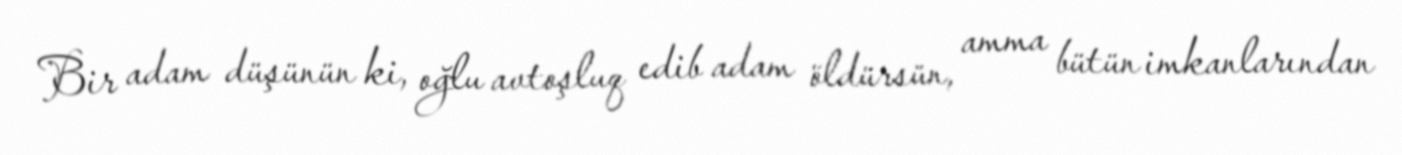
Bir adam düşünün ki, oğlu avtoşluq edib adam öldürsün, amma bütün imkanlarından